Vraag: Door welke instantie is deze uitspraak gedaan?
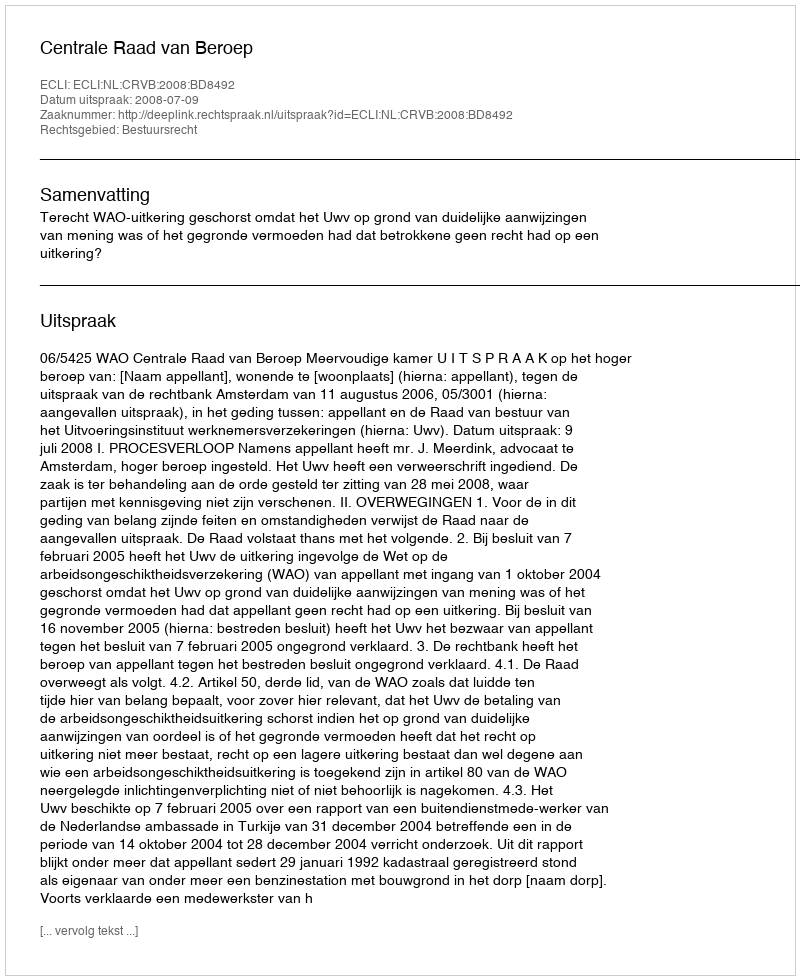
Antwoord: Centrale Raad van Beroep